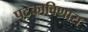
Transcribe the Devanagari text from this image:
पटकाविणारा